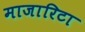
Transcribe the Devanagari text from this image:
माजारिटा